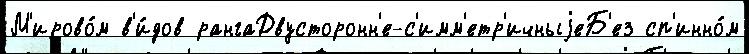
М'ирово́м в'и́дов рангаДвусторонн'е-с'имм'етр'ичныjеБ'ез сп'инно́м